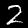
Label: 2